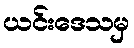
ယင်းဒေသမှ